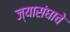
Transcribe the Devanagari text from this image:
ज्यासंघाचे